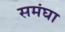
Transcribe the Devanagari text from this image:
समंघा